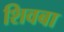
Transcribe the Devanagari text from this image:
शिवबा